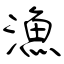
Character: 漁